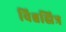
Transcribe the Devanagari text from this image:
विश्वह्मित्र